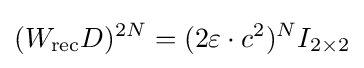
(W_{\text{rec}}D)^{2N}=(2\varepsilon \cdot c^{2})^{N}I_{2\times 2}